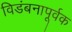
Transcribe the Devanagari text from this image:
विडंबनापूर्वक